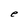
Character: e